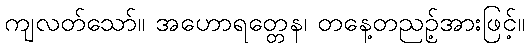
ကျလတ်သော်။ အဟောရတ္တေန၊ တနေ့တညဉ့်အားဖြင့်။